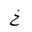
Letter: _kha